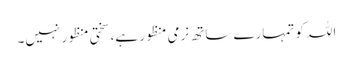
اللہ کو تمہارے ساتھ نرمی منظور ہے، سختی منظور نہیں۔